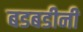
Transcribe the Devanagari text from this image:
बडबडीनी